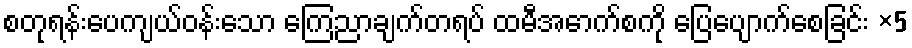
စတုရန်းပေကျယ်ဝန်းသော ကြေညာချက်တရပ် ထမီအောက်စကို ပြေပျောက်စေခြင်း ×5